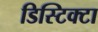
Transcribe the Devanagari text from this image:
डिस्टिक्टा